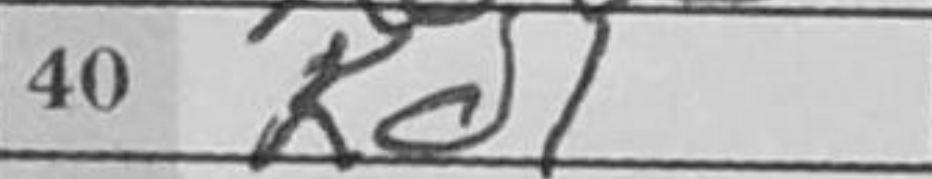
Transcription: Kd1